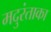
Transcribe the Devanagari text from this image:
मदुरंताका